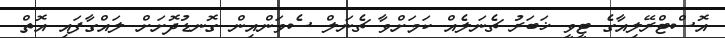
އޮސްޓްރޭލިއާގެ ޓީވީ ޚަބަރު ޗެނަލެއް ކަމަށްވާ ޗެނަލް ސެވަންއިން ގޮނޑުދޮށަށް ލައްގާފައި އޮތް